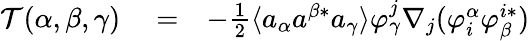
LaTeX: \begin{array}{rlr}{\mathcal{T}(\alpha,\beta,\gamma)}&{{}=}&{-\frac{1}{2}\langle a_{\alpha}a^{\beta*}a_{\gamma}\rangle\varphi_{\gamma}^{j}\nabla_{j}(\varphi_{i}^{\alpha}\varphi_{\beta}^{i*})}\end{array}